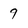
Character: 9